Annual administration report of the Civil Veterinary Department, Ajmere-Merwara, British Rajputana - 1914-1940
Year: 1914
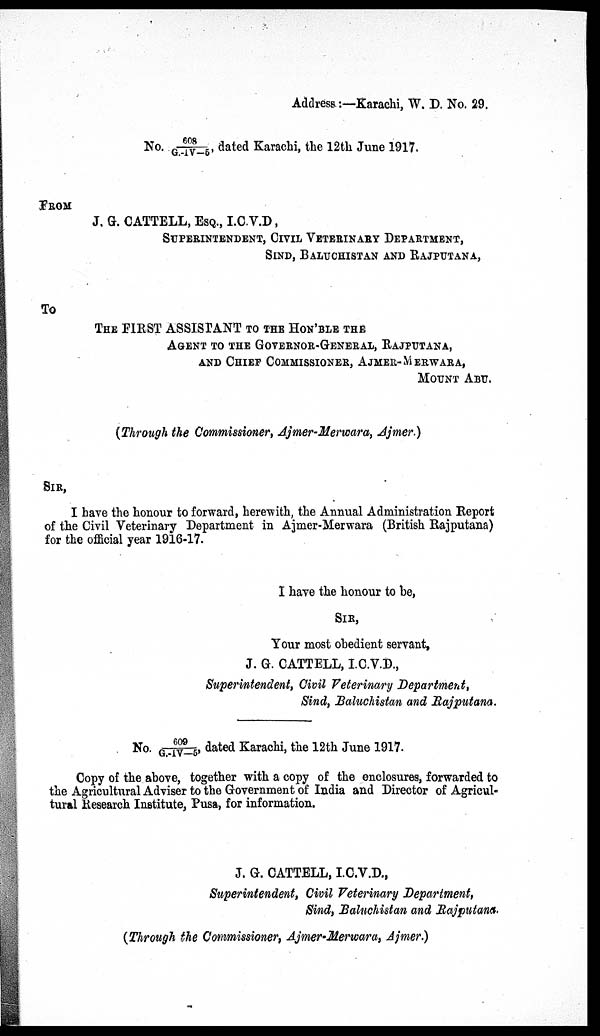
Address:—Karachi, W. D. No. 29.
No. 608/G.IV-5, dated Karachi, the 12th June 1917.
FROM
J. G. CATTELL, ESQ., I.C.V.D.,
SUPERINTENDENT, CIVIL VETERINARY DEPARTMENT,
SIND, BALUCHISTAN AND RAJPUTANA,
To
THE FIRST ASSISTANT TO THE HON'BLE THE
AGENT TO THE GOVERNER-GENERAL, RAJPUTANA,
AND CHIEF COMMISSIONER, AJMER-MERWARA,
MOUNT ABU.
(Through the Commissioner, Ajmer-Merwara, Ajmer.)
SIR,
I have the honour to forward, herewith, the Annual Administration Report
of the Civil Veterinary Department in Ajmer-Merwara (British Rajputana)
for the official year 1916-17.
I have the honour to be,
SIR,
Your most obedient servant,
J. G. CATTELL, I.C.V.D.,
Superintendent, Civil Veterinary Department,
Sind, Baluchistan and Rajputana.
No. 609/G.-IV-5, dated Karachi, the 12th June 1917.
Copy of the above, together with a copy of the enclosures, forwarded to
the Agricultural Adviser to the Government of India and Director of Agricul-
tural Research Institute, Pusa, for information.
J. G. CATTELL, I.C.V.D.,
Superintendent, Civil Veterinary Department,
Sind, Baluchistan and Rajputana.
(Through the Commissioner, Ajmer-Merwara, Ajmer.)